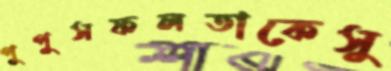
পুপুসফলতাকেসু